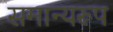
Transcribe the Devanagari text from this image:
समान्यरूप